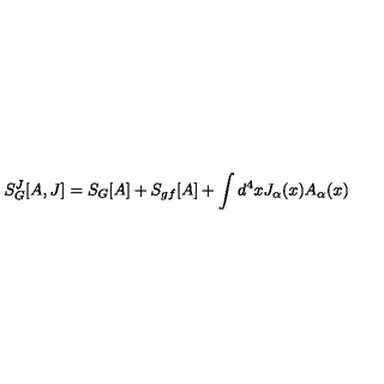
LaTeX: S _ { G } ^ { J } [ A , J ] = S _ { G } [ A ] + S _ { g f } [ A ] + \int d ^ { 4 } x J _ { \alpha } ( x ) A _ { \alpha } ( x ) \,